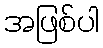
အဖြစ်ပါ